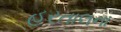
હરતાલના